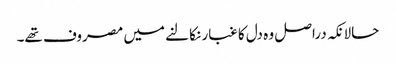
حالانکہ دراصل وہ دل کا غبار نکالنے میں مصروف تھے۔